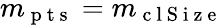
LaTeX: m_{\mathrm{~p~t~s~}}=m_{\mathrm{~c~l~S~i~z~e~}}